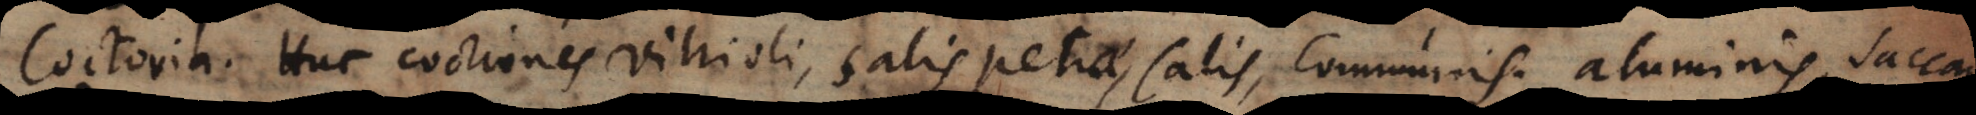
Huc coctiones vitrioli, salis petrae, salis communis, aluminis, saccari,